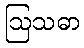
ဩသဓာ